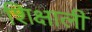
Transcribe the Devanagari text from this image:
शिक्षाली